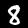
Label: 8